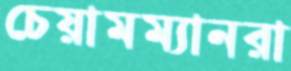
চেয়ামম্যানরা